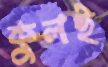
কুলই